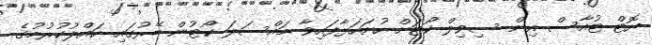
ޔޮޓް ޓުއާސް އިން ސިވިލް ކޯޓަށް ހުށަހަޅާފައިވާ މައްސަލަ ކޯޓުން ބޭރުގައި ހައްލުކުރުމުގެ